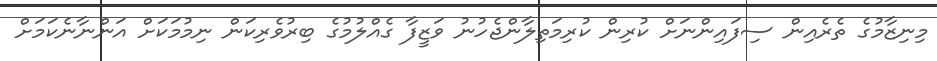
މިނިޒާމުގެ ތެރެއިން ސިފައިންނަށް ކުރިން ކުރިމަތިލާންޖެހުނު ވަޒީފާ ގެއްލުމުގެ ބިރުވެރިކަން ނިމުމަކަށް އަންނާނެކަމަށް